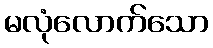
မလုံလောက်သော